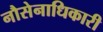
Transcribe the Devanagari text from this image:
नौसेनाधिकारी